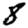
Digit: 8